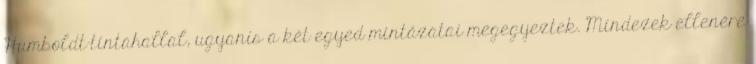
Humboldt-tintahallal, ugyanis a két egyed mintázatai megegyeztek. Mindezek ellenére